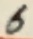
Text: 6